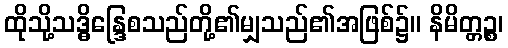
ထိုသို့သဒ္ဓိန္ဒြေစသည်တို့၏မျှသည်၏အဖြစ်၌။ နိမိတ္တဉ္စ၊